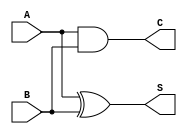
module CurrentModeHalfAdder (
    input wire A,  // First input bit (current signal)
    input wire B,  // Second input bit (current signal)
    output wire S, // Sum output (current signal)
    output wire C  // Carry output (current signal)
);

// Sum output (S) is A XOR B
assign S = A ^ B;

// Carry output (C) is A AND B
assign C = A & B;

endmodule